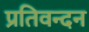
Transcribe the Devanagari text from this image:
प्रतिवन्दन